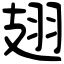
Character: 翅